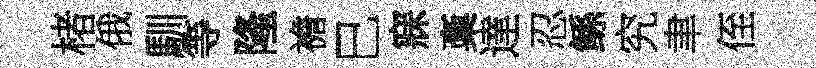
楮俄馴等隆襜巳寐稾達忍鲧究聿侄